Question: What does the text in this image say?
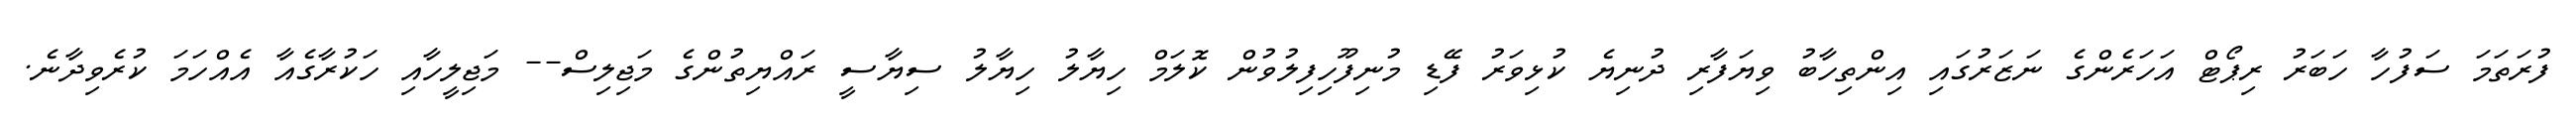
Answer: ފުރަތަމަ ސަފުހާ ހަބަރު ރިޕޯޓް އަހަރެންގެ ނަޒަރުގައި އިންތިހާބު ވިޔަފާރި ދުނިޔެ ކުޅިވަރު ފޭޑި މުނިފޫހިފިލުވުން ކޮލަމް ހިޔާލު ހިޔާލު ސިޔާސީ ރައްޔިތުންގެ މަޖިލިސް-- މަޖިލީހާއި ހަކުރާގެއާ އެއްހަމަ ކުރެވިދާނެ.